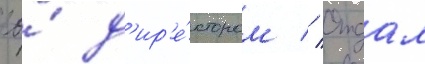
ео́ д'ир'е́ктором // Отдал